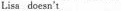
Lisa doesn't ____